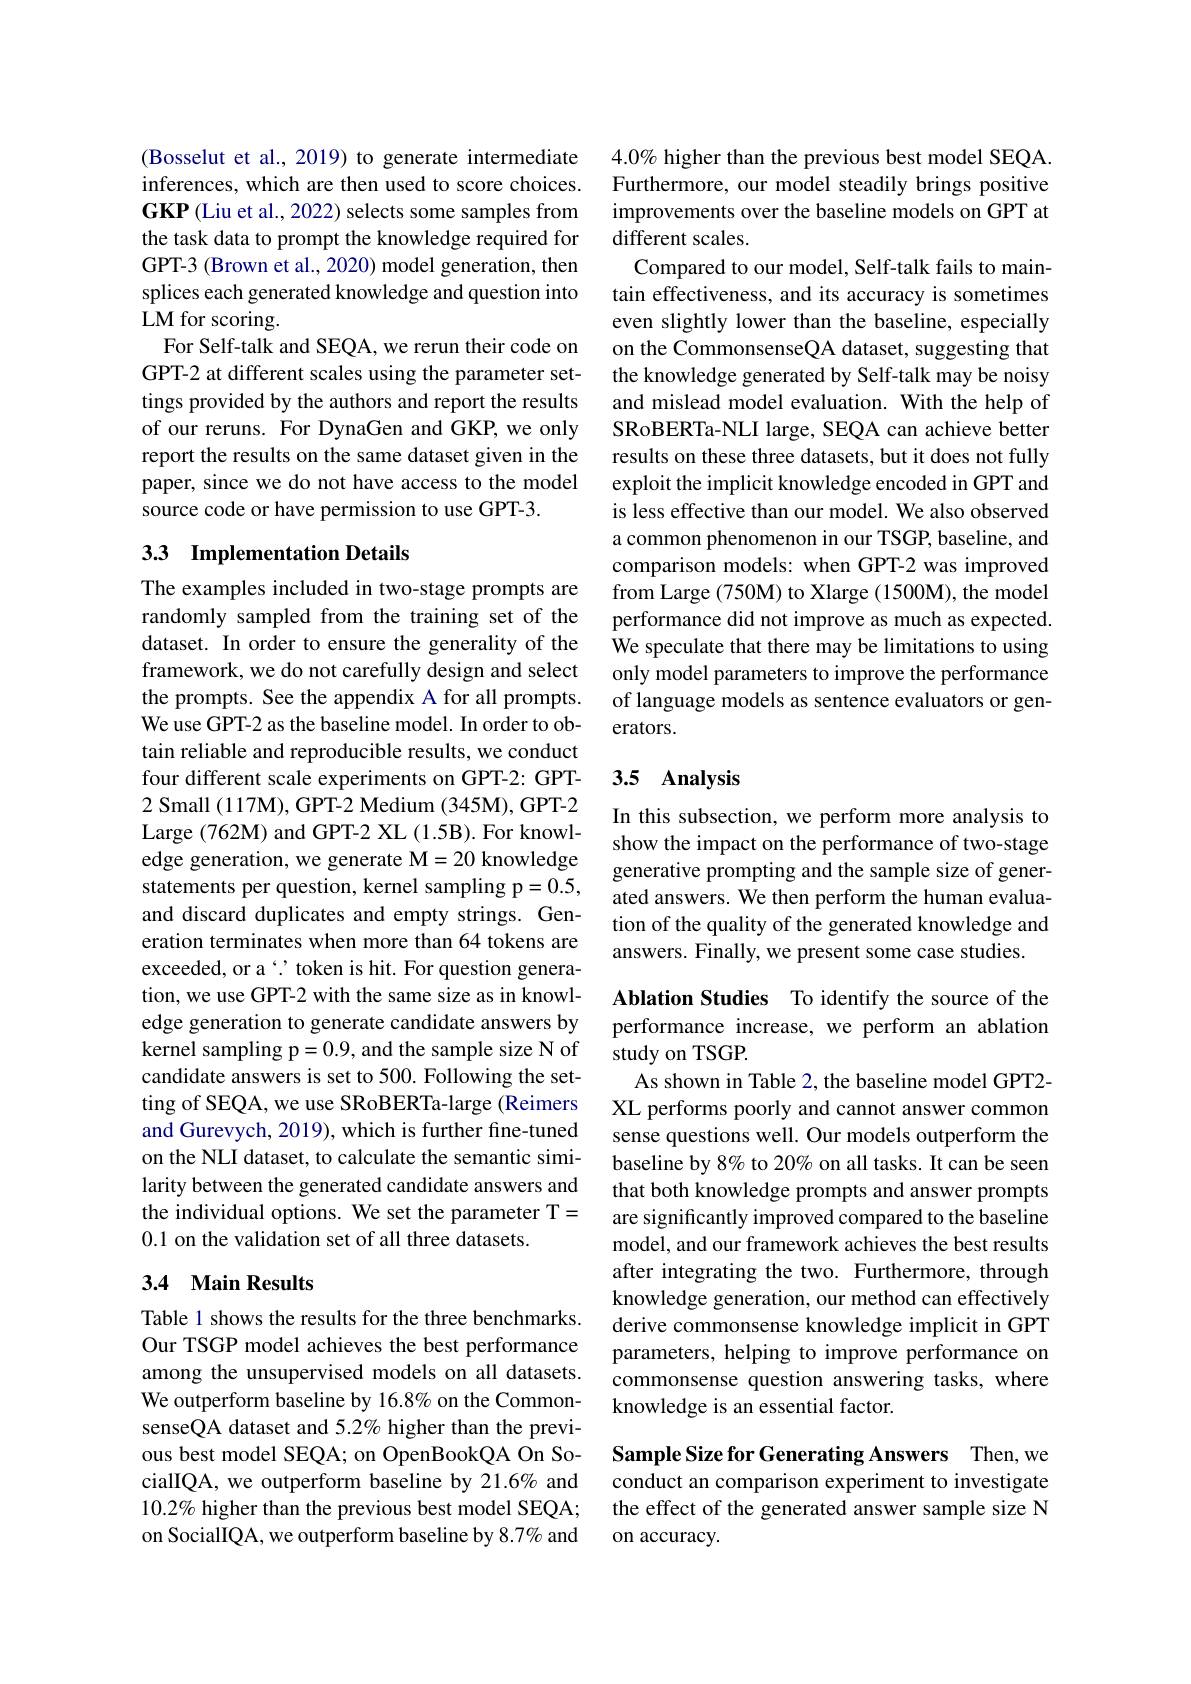
(Bosselut et al., 2019) to generate intermediate inferences, which are then used to score choices. $\mathbf{GKP}$ (Liu et al., 2022) selects some samples from the task data to prompt the knowledge required for GPT-3 (Brown et al., 2020) model generation, then splices each generated knowledge and question into LM for scoring.
For Self-talk and SEQA, we rerun their code on GPT-2 at different scales using the parameter settings provided by the authors and report the results of our reruns. For DynaGen and GKP, we only report the results on the same dataset given in the paper, since we do not have access to the model source code or have permission to use GPT-3.

## 33 Implementation Details

The examples included in two-stage prompts are randomly sampled from the training set of the dataset. In order to ensure the generality of the framework, we do not carefully design and select the prompts. See the appendix A for all prompts. We use GPT-2 as the baseline model. In order to obtain reliable and reproducible results, we conduct four different scale experiments on GPT-2: GPT- 2 Small (117M), GPT-2 Medium (345M), GPT-2 Large (762M) and GPT-2 XL (1.5B). For knowledge generation, we generate M=20 knowledge statements per question, kernel sampling p=0.5, and discard duplicates and empty strings. Generation terminates when more than 64 tokens are exceeded, or a‘’ token is hit. For question generation, we use GPT-2 with the same size as in knowledge generation to generate candidate answers by kernel sampling p=0.9, and the sample size N of candidate answers is set to 500. Following the setting of SEQA, we use SRoBERTa-large (Reimers and Gurevych, 2019), which is further fine-tuned on the NLI dataset, to calculate the semantic similarity between the generated candidate answers and the individual options. We set the parameter T= 0.1 on the validation set of all three datasets.

## 3.4 Main Results

Table 1 shows the results for the three benchmarks. Our TSGP model achieves the best performance among the unsupervised models on all datasets. We outperform baseline by 16.8% on the CommonsenseQA dataset and 5.2% higher than the previous best model SEQA; on OpenBookQA On SocialIQA, we outperform baseline by 21.6% and $10.2\%$ higher than the previous best model SEQA; on SocialIQA, we outperform baseline by 8.7% and

$4.0\%$ higher than the previous best model SEQA Furthermore, our model steadily brings positive improvements over the baseline models on GPT at different scales.
Compared to our model, Self-talk fails to maintain effectiveness, and its accuracy is sometimes even slightly lower than the baseline, especially on the CommonsenseQA dataset, suggesting that the knowledge generated by Self-talk may be noisy and mislead model evaluation. With the help of SRoBERTa-NLI large, SEQA can achieve better results on these three datasets, but it does not fully exploit the implicit knowledge encoded in GPT and is less effective than our model. We also observed a common phenomenon in our TSGP, baseline, and comparison models: when GPT-2 was improved from Large (750M) to Xlarge (1500M), the model performance did not improve as much as expected. We speculate that there may be limitations to using only model parameters to improve the performance of language models as sentence evaluators or generators.

### 3.5 Analysis

In this subsection, we perform more analysis to show the impact on the performance of two-stage generative prompting and the sample size of generated answers. We then perform the human evaluation of the quality of the generated knowledge and answers. Finally, we present some case studies.

Ablation Studies To identify the source of the performance increase, we perform an ablation study on TSGP.

As shown in Table 2, the baseline model GPT2- XL performs poorly and cannot answer common sense questions well. Our models outperform the baseline by 8% to 20% on all tasks. It can be seen that both knowledge prompts and answer prompts are significantly improved compared to the baseline model, and our framework achieves the best results after integrating the two. Furthermore, through knowledge generation, our method can effectively derive commonsense knowledge implicit in GPT parameters, helping to improve performance on commonsense question answering tasks, where knowledge is an essential factor.

Sample Size for Generating Answers Then, we

conduct an comparison experiment to investigate the effect of the generated answer sample size N on accuracy.